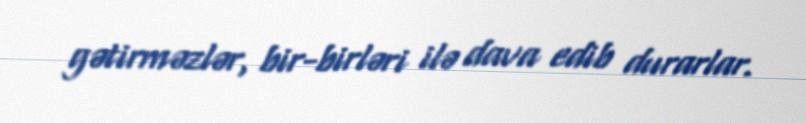
gətirməzlər, bir-birləri ilə dava edib durarlar.